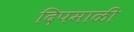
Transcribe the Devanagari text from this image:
दिपमाळी